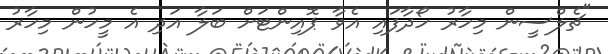
"ޗެލްސީން މިހާރު ހޯދާފައި އެވާ ޕޮއިންޓަށް ބަލާ އަދި އެ މީހުން މިހާރު